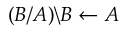
( B / A ) \backslash B \leftarrow A